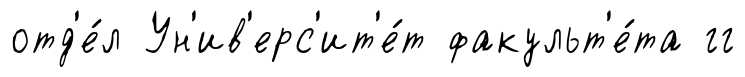
отд'е́л Ун'ив'ерс'ит'е́т факульт'е́та гг